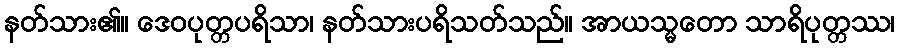
နတ်သား၏။ ဒေဝပုတ္တပရိသာ၊ နတ်သားပရိသတ်သည်။ အာယသ္မတော သာရိပုတ္တဿ၊